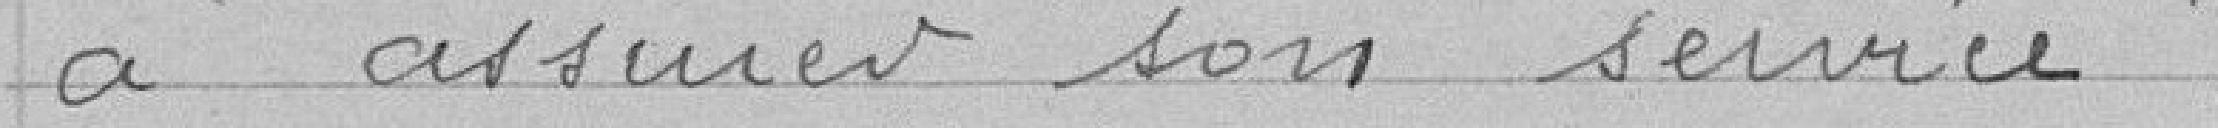
à assurer son service